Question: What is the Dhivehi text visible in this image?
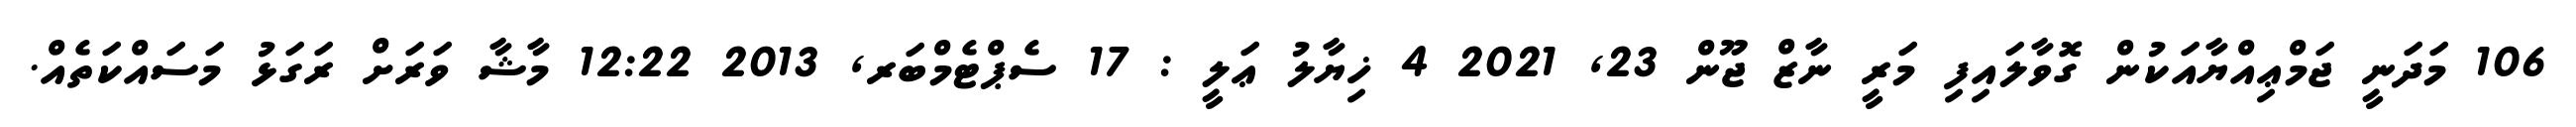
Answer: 106 މަދަނީ ޖަމްޢިއްޔާއަކުން ގޮވާލައިފި މަރީ ނާޒް ޖޫން 23, 2021 4 ޚިޔާލު ޢަލީ : 17 ސެޕްޓެމްބަރ, 2013 12:22 މާޝާ ވަރަށް ރަގަޅު މަސައްކަތެއް.